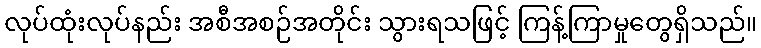
လုပ်ထုံးလုပ်နည်း အစီအစဉ်အတိုင်း သွားရသဖြင့် ကြန့်ကြာမှုတွေရှိသည်။